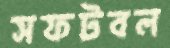
সফটবল